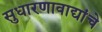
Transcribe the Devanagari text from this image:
सुधारणावाद्यांचे